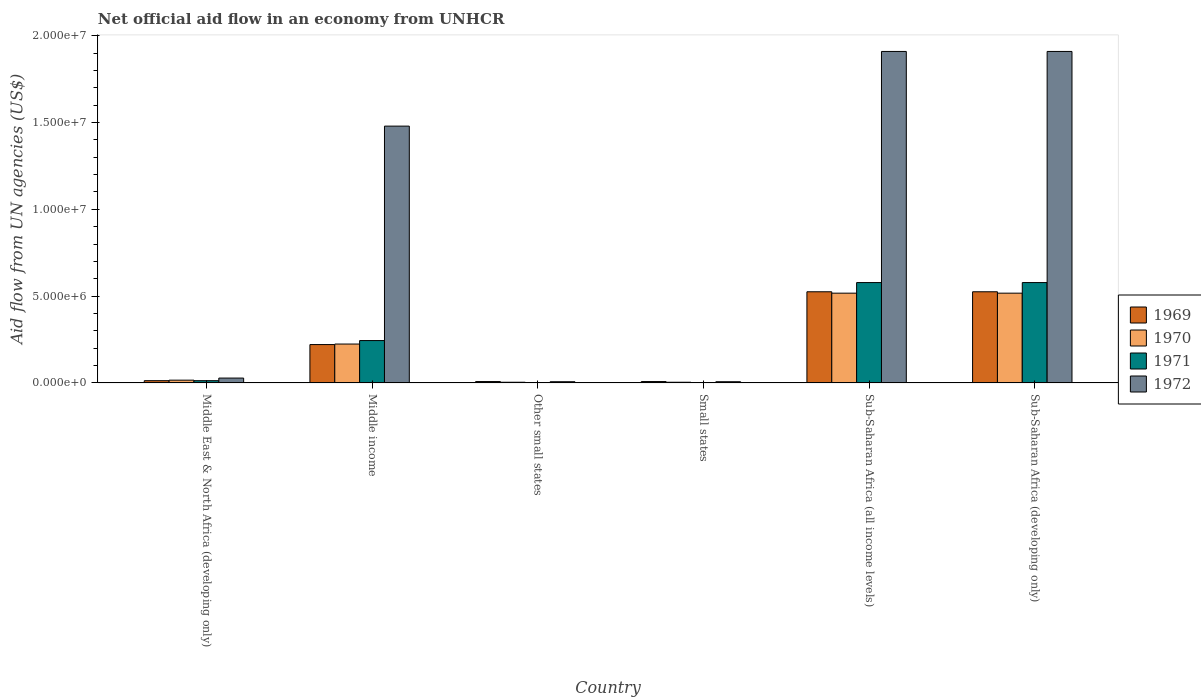
| Country | 1969 | 1970 | 1971 | 1972 |
 | --- | --- | --- | --- | --- |
 | Middle East & North Africa (developing only) | 1.3e+05 | 1.6e+05 | 1.3e+05 | 2.8e+05 |
 | Middle income | 2.21e+06 | 2.24e+06 | 2.44e+06 | 1.48e+07 |
 | Other small states | 8e+04 | 4e+04 | 2e+04 | 7e+04 |
 | Small states | 8e+04 | 4e+04 | 2e+04 | 7e+04 |
 | Sub-Saharan Africa (all income levels) | 5.25e+06 | 5.17e+06 | 5.78e+06 | 1.91e+07 |
 | Sub-Saharan Africa (developing only) | 5.25e+06 | 5.17e+06 | 5.78e+06 | 1.91e+07 |